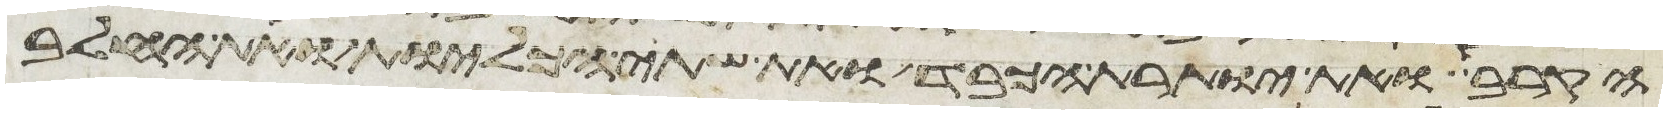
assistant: הקרב ואת יותרת הכבד ואת שתי הכליות ואת החלב